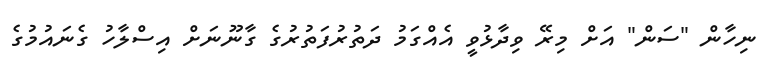
ނިހާން "ސަން" އަށް މިރޭ ވިދާޅުވީ އެއްގަމު ދަތުރުފަތުރުގެ ގާނޫނަށް އިސްލާހު ގެނައުމުގެ